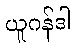
ယူဂန်ဒါ